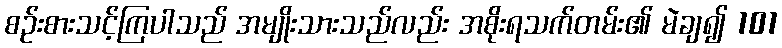
စဉ်းစားသင့်ကြပါသည် အမျိုးသားသည်လည်း အစိုးရသက်တမ်း၏ မဲချ၍ 101